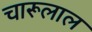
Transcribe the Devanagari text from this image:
चारूलाल